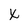
Character: x